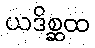
ယဒိစ္ဆထ